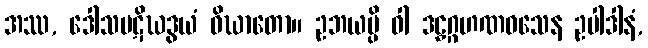
အဿ, ဒေါသပဋိဃဒွယံ ဝိဃာတော။ ဥဘယမ္ပိ ဝါ ဒဠှဂ္ဂဟဏဝသေန ဥပါဒါနံ,